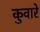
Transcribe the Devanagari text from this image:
कुवारे